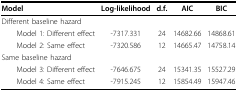
<table><thead><tr><td><b>Model</b></td><td><b>Log-likelihood</b></td><td><b>d.f.</b></td><td><b>AIC</b></td><td><b>BIC</b></td></tr></thead><tbody><tr><td>Different baseline hazard</td><td>[EMPTY_CELL]</td><td>[EMPTY_CELL]</td><td>[EMPTY_CELL]</td><td>[EMPTY_CELL]</td></tr><tr><td> Model 1: Different effect</td><td>-7317.331</td><td>24</td><td>14682.66</td><td>14868.61</td></tr><tr><td> Model 2: Same effect</td><td>-7320.586</td><td>12</td><td>14665.47</td><td>14758.14</td></tr><tr><td>Same baseline hazard</td><td>[EMPTY_CELL]</td><td>[EMPTY_CELL]</td><td>[EMPTY_CELL]</td><td>[EMPTY_CELL]</td></tr><tr><td> Model 3: Different effect</td><td>-7646.675</td><td>24</td><td>15341.35</td><td>15527.29</td></tr><tr><td> Model 4: Same effect</td><td>-7915.245</td><td>12</td><td>15854.49</td><td>15947.46</td></tr></tbody></table>